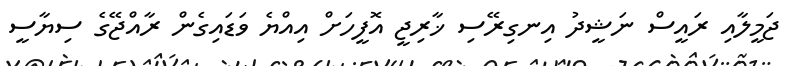
ޖަމީލާއި ރައީސް ނަޝީދު އިނގިރޭސި ޚާރިޖީ އޮފީހަށް އިއްޔެ ވަޑައިގެން ރާއްޖޭގެ ސިޔާސީ